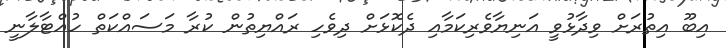
އިބޫ އިތުރަށް ވިދާޅުވީ އަނިޔާވެރިކަމާއި ދެކޮޅަށް ދިވެހި ރައްޔިތުން ކުރާ މަސައްކަތް ހުއްޓާލާނީ